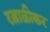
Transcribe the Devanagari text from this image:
रत्नाळीकर